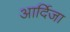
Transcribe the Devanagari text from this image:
आर्दिजा